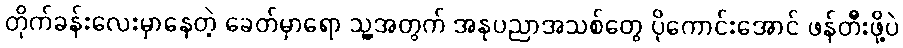
တိုက်ခန်းလေးမှာနေတဲ့ ခေတ်မှာရော သူ့အတွက် အနုပညာအသစ်တွေ ပိုကောင်းအောင် ဖန်တီးဖို့ပဲ